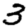
Digit: 3